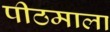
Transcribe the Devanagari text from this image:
पीठमाला